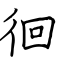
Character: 徊